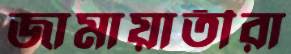
জামায়াতীরা